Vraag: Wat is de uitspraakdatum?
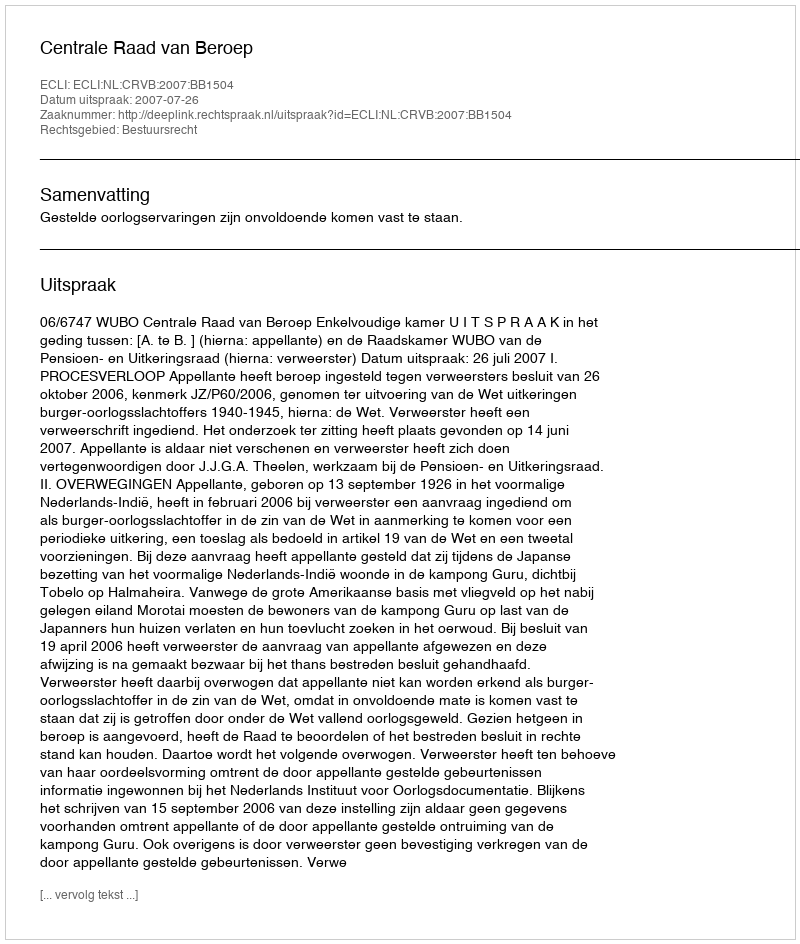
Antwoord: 2007-07-26